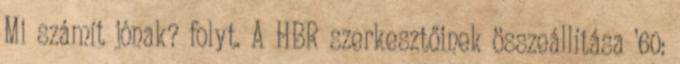
Mi számít jónak? folyt. A HBR szerkesztőinek összeállítása ’60: